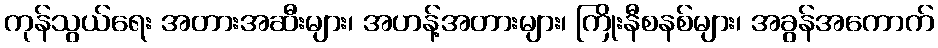
ကုန်သွယ်ရေး အတားအဆီးများ၊ အဟန့်အတားများ၊ ကြိုးနီစနစ်များ၊ အခွန်အကောက်